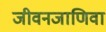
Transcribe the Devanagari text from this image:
जीवनजाणिवा